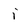
Character: i